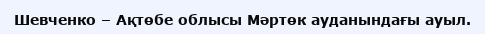
Шевченко – Ақтөбе облысы Мәртөк ауданындағы ауыл.